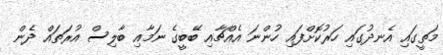
މަތީގައި އެނދުގައި ހަރުކޮށްފައި ހުންނަ އެއްޗާއި ބޭބީގެ ނަމާއި ބާލިސް އުރަތައް ދެން